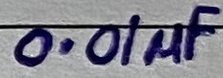
Text: 0.01µF